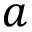
a